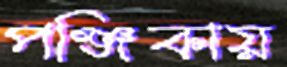
পঞ্জিকায়